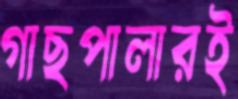
গাছপালারই